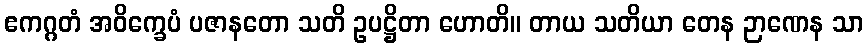
ဧကဂ္ဂတံ အဝိက္ခေပံ ပဇာနတော သတိ ဥပဋ္ဌိတာ ဟောတိ။ တာယ သတိယာ တေန ဉာဏေန သာ